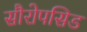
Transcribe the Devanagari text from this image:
सौरोपसिड